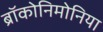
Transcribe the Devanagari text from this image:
ब्रॉकोनिमोनिया